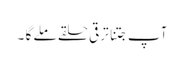
آپ جتنا ترقی حلقے ملے گا ۔